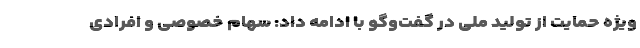
ویژه حمایت از تولید ملی در گفت‌وگو با ادامه داد: سهام خصوصی و افرادی